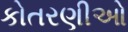
કોતરણીઓ